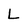
Character: L